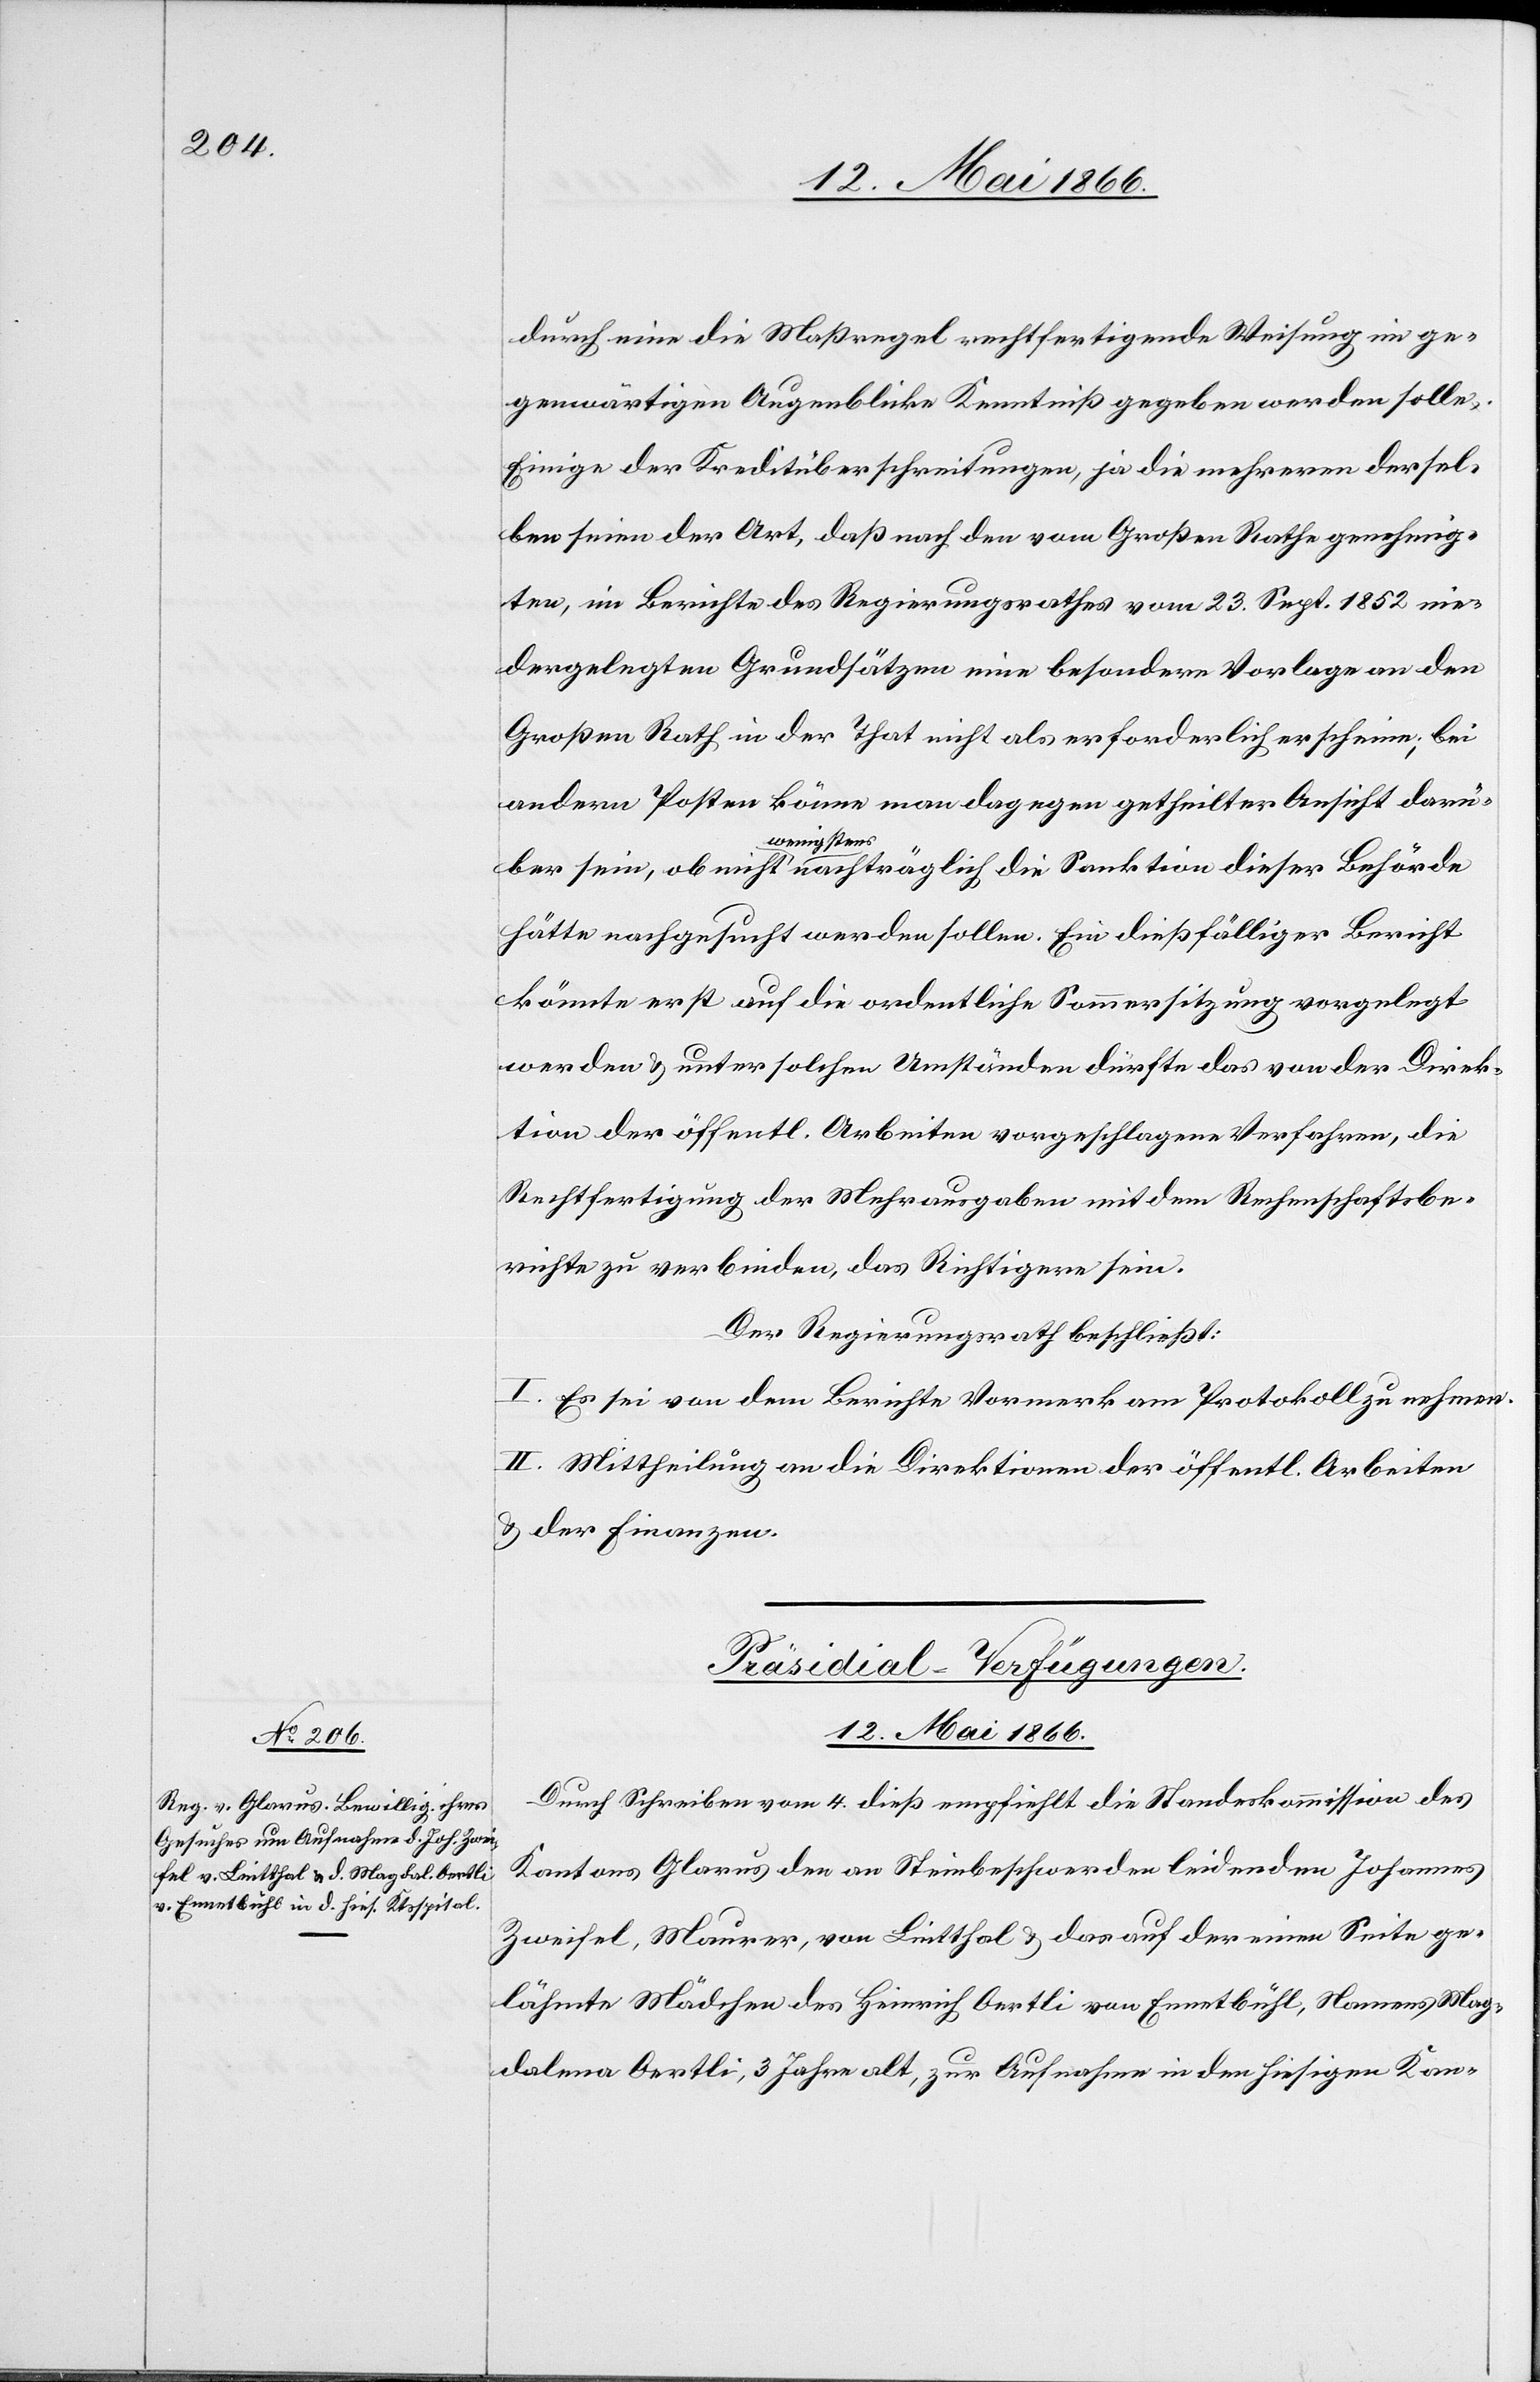
12. Mai 1866.
durch eine die Maßregel rechtfertigende Weisung im ge¬
genwärtigen Augenblicke Kenntniß gegeben werden solle.
Einige der Kreditüberschreitungen, ja die mehreren dersel¬
ben seien der Art, daß nach den vom Großen Rathe genehmig¬
ten, im Berichte des Regierungsrathes vom 23. Sept. 1852 nie¬
dergelegten Grundsätzen eine besondere Vorlage an den
Großen Rath in der That nicht als erforderlich erscheine, bei
andern Posten könne man dagegen getheilter Ansicht darü¬
wenig¬
stens
hätte nachgesucht werden sollen. Ein dießfälliger Bericht
könnte erst auf die ordentliche Sommersitzung vorgelegt
werden u. unter solchen Umständen dürfte das von der Direk¬
tion der öffentl. Arbeiten vorgeschlagene Verfahren, die
Rechtfertigung der Mehrausgaben mit dem Rechenschaftsbe¬
richt zu verbinden, das Richtigere sein.
Der Regierungsrath beschließt:
I. Es sei von dem Berichte Vormerk am Protokoll zu nehmen.
II. Mittheilung an die Direktionen der öffentl. Arbeiten
u. der Finanzen
Präsidial-Verfügungen.
Durch Schreiben vom 4. dieß empfiehlt die Standeskommission des
Kantons Glarus den an Steinbeschwerden leidenden Johannes
Zweifel, Maurer, von Lintthal u. das auf der einen Seite ge¬
lähmte Mädchen des Heinrich Oertli von Ennetbühl, Namens Mag¬
dalena Oertli, 3 Jahre alt, zur Aufnahme in den hiesigen Kan-